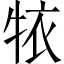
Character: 𱭮